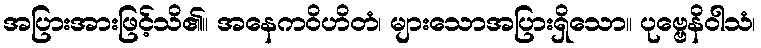
အပြားအားဖြင့်သိ၏။ အနေကဝိဟိတံ၊ များသောအပြားရှိသော။ ပုဗ္ဗေနိဝါသံ၊